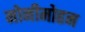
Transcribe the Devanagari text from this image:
मोनीमोहन